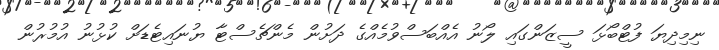
ނިމިދިޔަ ފުޓްބޯޅަ ސީޒަންގައި ލޯނު އެެއްބަސްވުމެއްގެ ދަށުން މެންޗެސްޓާ ޔުނައިޓެޑަށް ކުޅުނު އުމުރުން